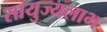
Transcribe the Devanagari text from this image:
सायुज्यलाभ